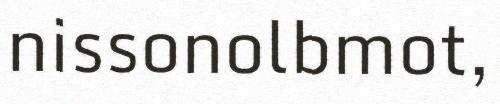
nissonolbmot,